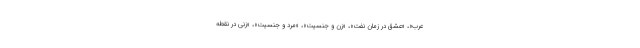
عرب»، «عشق در زمان نفت»، «زن و جنسیت»، «مرد و جنسیت»، «زنی در نقطه